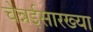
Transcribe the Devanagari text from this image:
चेन्नईसारख्या